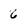
Character: 6